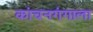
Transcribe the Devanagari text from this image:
कांचनगंगाला